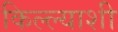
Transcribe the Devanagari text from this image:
किल्ल्याशी